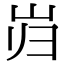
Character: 岿